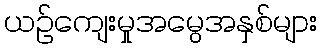
ယဉ်ကျေးမှုအမွေအနှစ်များ